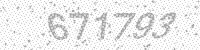
Solution: 671793